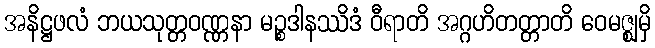
အနိဋ္ဌဖလံ ဘယသုတ္တဝဏ္ဏနာ မဉ္စဒါနဿိဒံ ဝီရာတိ အဂ္ဂဟိတတ္တာတိ ဝေမဇ္ဈမှိ